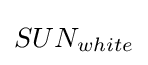
SUN_{white}